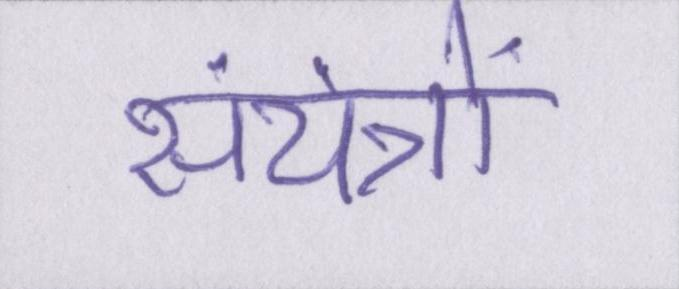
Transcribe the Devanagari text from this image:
संयंत्रों